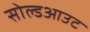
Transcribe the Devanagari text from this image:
सोल्डआउट